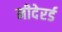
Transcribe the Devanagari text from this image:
नीदेरर्ड